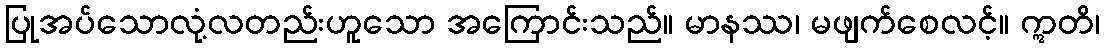
ပြုအပ်သောလုံ့လတည်းဟူသော အကြောင်းသည်။ မာနဿ၊ မဖျက်စေလင့်။ ဣတိ၊